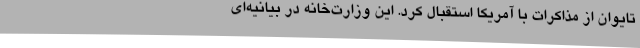
تایوان از مذاکرات با آمریکا استقبال کرد. این وزارت‌خانه در بیانیه‌ای